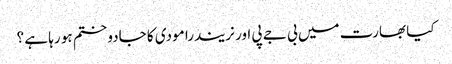
کیا بھارت میں بی جے پی اور نریندرا مودی کا جادو ختم ہو رہا ہے ؟